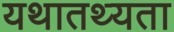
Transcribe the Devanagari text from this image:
यथातथ्‍यता